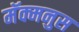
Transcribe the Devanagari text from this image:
मॅक्मनुस